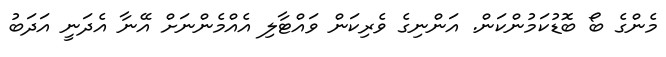
މެންގެ ބޯ ބޮޑުކަމުންކަން. އަންނިގެ ވެރިކަން ވައްޓާލި އެއްމެންނަށް އޭނާ އެދަނީ އަދަބު